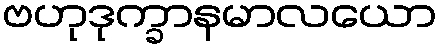
ဗဟုဒုက္ခာနမာလယော